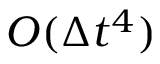
O ( \Delta t ^ { 4 } )